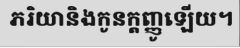
ភរិយានិងកូនក្តញ្ញូឡើយ។